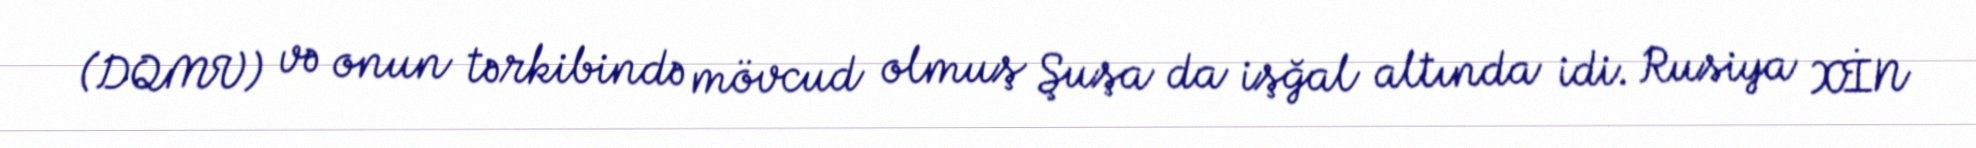
(DQMV) və onun tərkibində mövcud olmuş Şuşa da işğal altında idi. Rusiya XİN